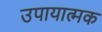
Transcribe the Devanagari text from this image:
उपायात्मक